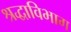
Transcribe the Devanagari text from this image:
श्रद्धाविभाग